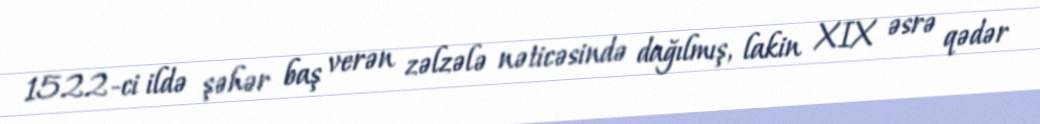
1522-ci ildə şəhər baş verən zəlzələ nəticəsində dağılmış, lakin XIX əsrə qədər